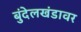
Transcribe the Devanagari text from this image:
बुंदेलखंडावर